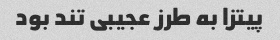
پیتزا به طرز عجیبی تند بود